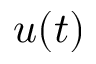
u ( t )